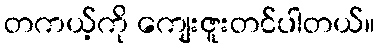
တကယ့်ကို ကျေးဇူးတင်ပါတယ်။